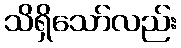
သိရှိသော်လည်း